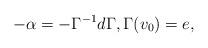
LaTeX: \begin{align*}-\alpha = -\Gamma^{-1}d\Gamma, \Gamma(v_0)=e,\end{align*}